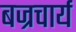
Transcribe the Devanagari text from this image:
बज्रचार्य